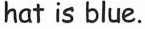
hat is blue.